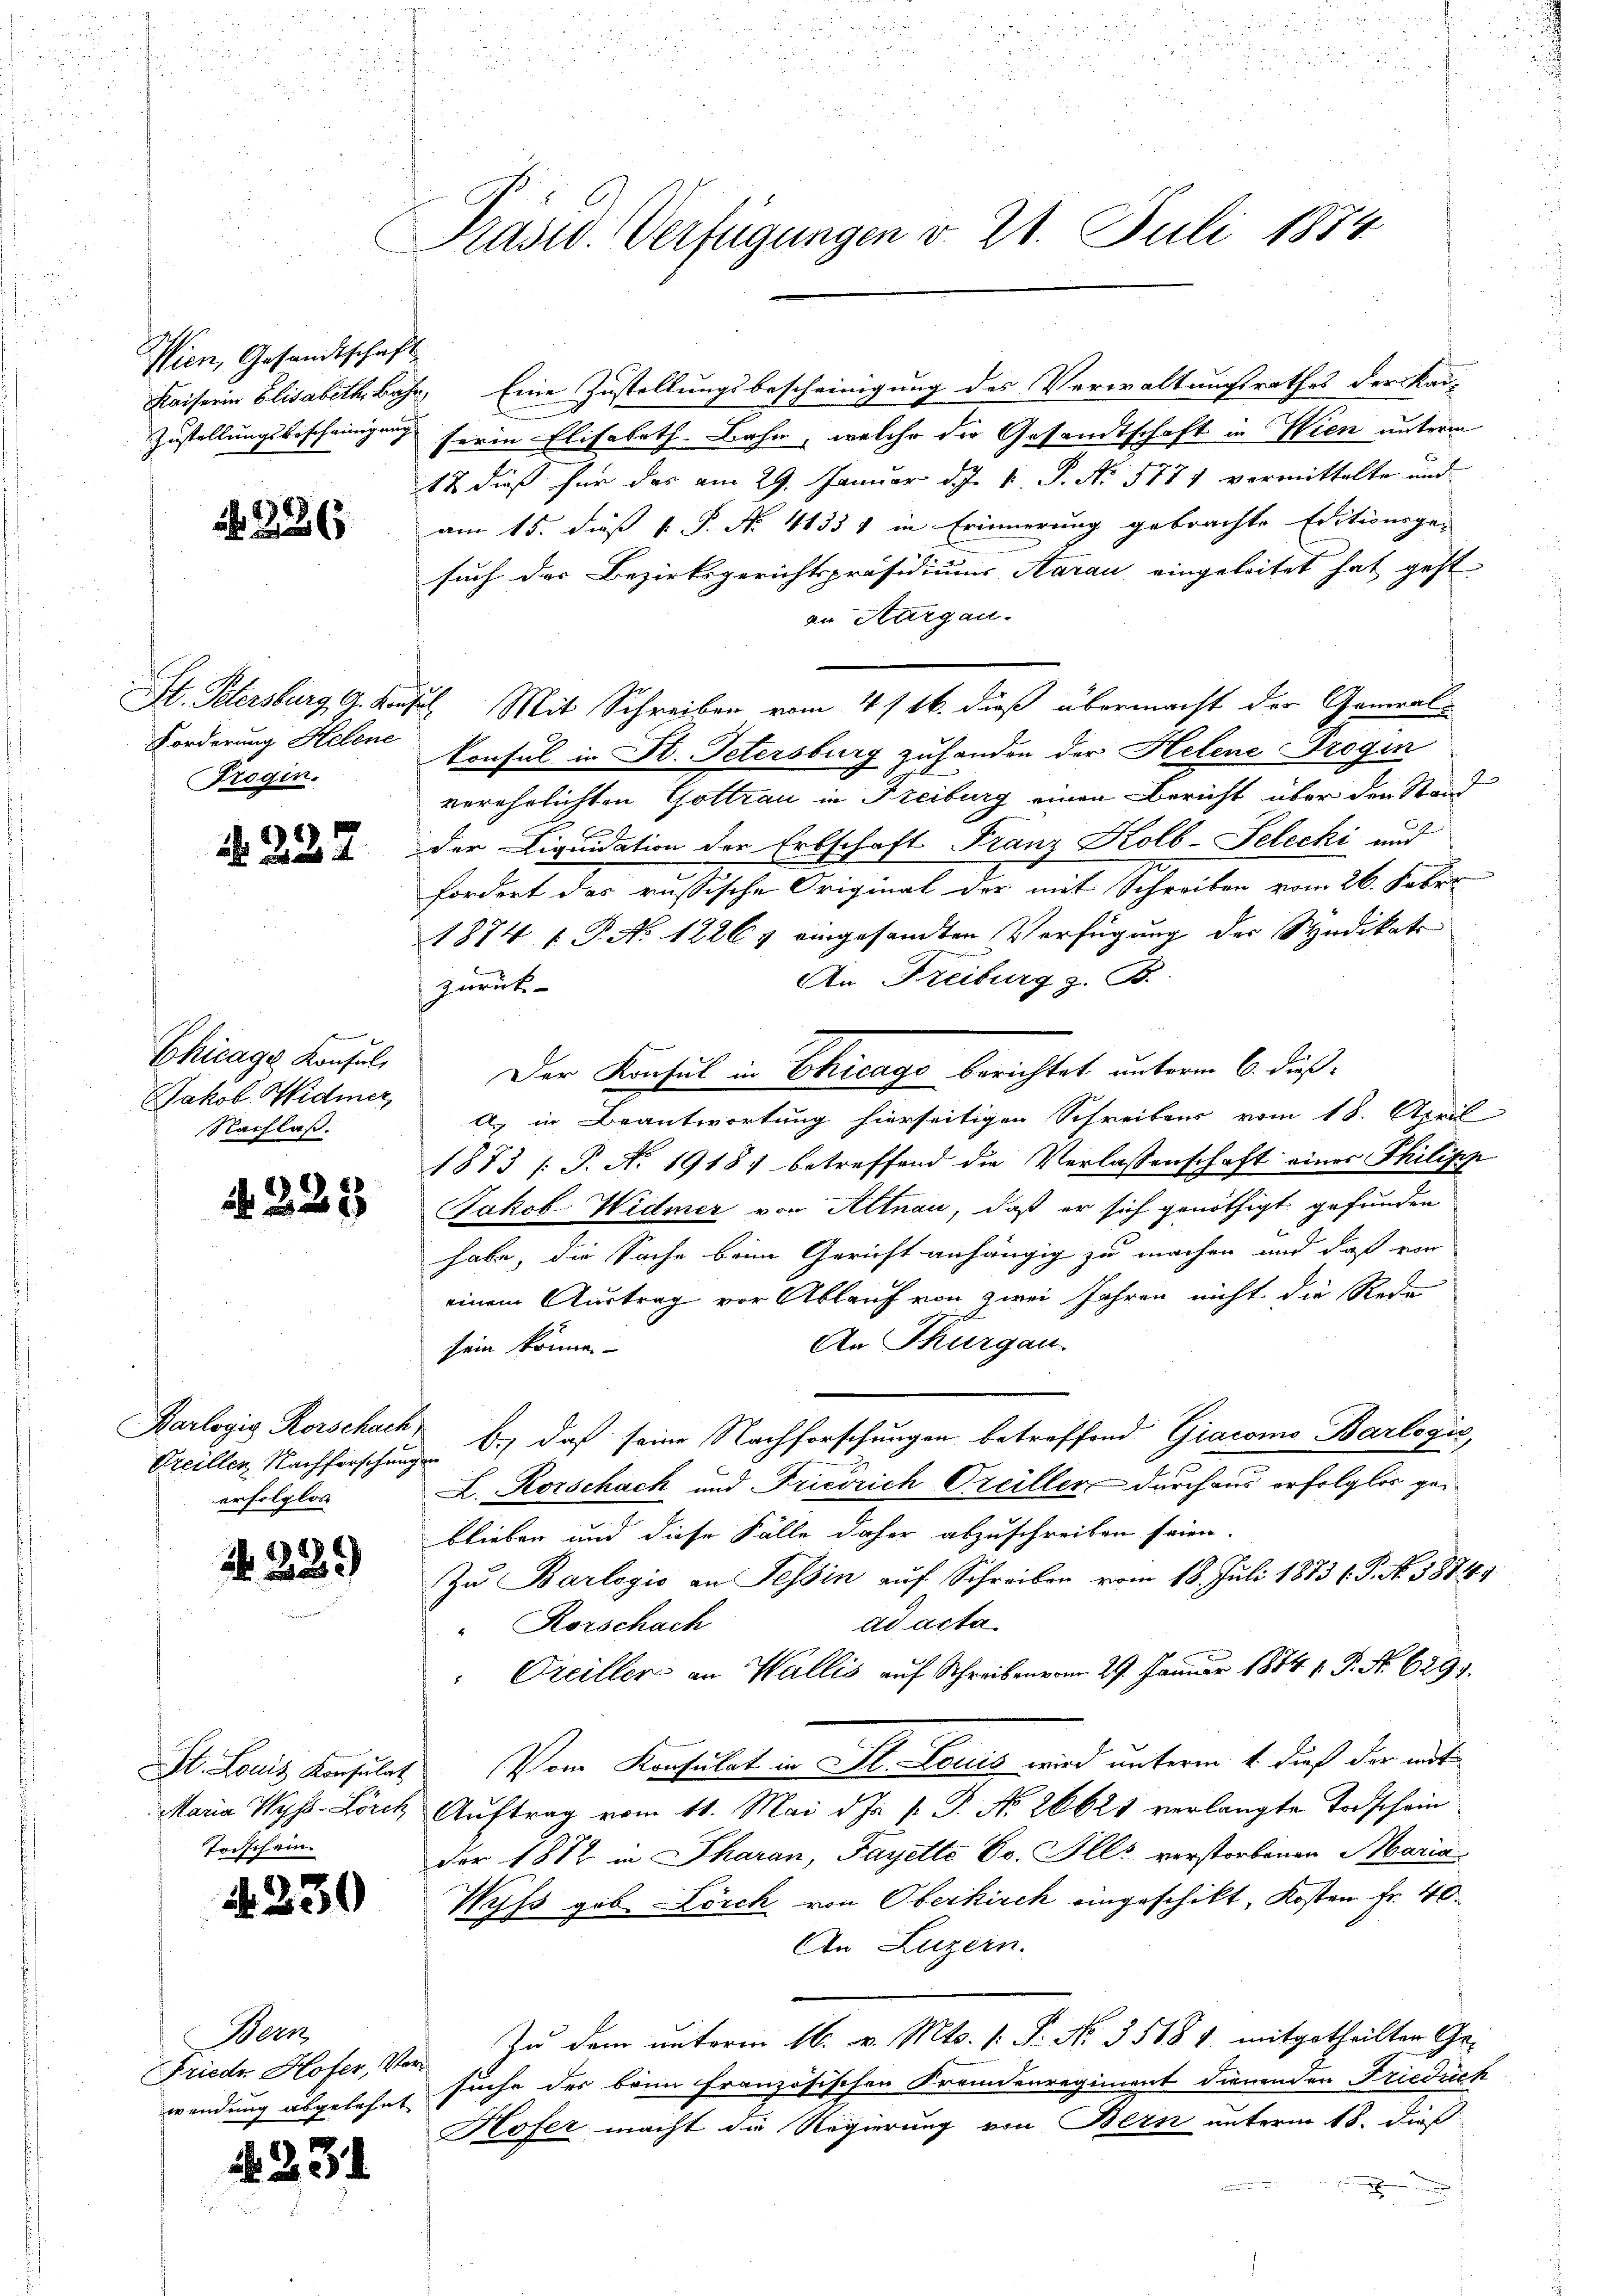
Wien, Gesandtschaft

226

Forderung Hebene
Frogin.

. 227

Chicage Konsul,
Jakob Widmer
Nachlaß.

a

Barlogis Rorschach
erfolglos

Todschein

228

229

A 230

Bern

N 231

Präsid. Verfügungen v. 21. Juli 1874

Kaiserin Elisabeth Bahr, Eine Zustellungsbescheinigung des Verwaltungsrathes der Kai-
Zustellungsbescheinigung herin Elisabeth. Bahn, welche die Gesandtschaft in Wien unterm
12 dieß für das am 29. Januar d. J. V. P. No. 5771 vermittelte und
am 15. dieß 1 S. No. 41351 in Erinnerung gebrachte Editionsgen
such der Bezirksgerichtspräsidiums Aarau eingeleitet hat geht
an Aargau.
St. Petersburg, G. Krusel Mit Schreiben vom 4/16. dieß übermacht der General-
konsul in St. Petersburg zuhanden der Helene Drogin
verehelichten Gottrau in Freiburg einen Bericht über den Stand
f
der Liquidation der Erbschaft Franz Kolb-Selecki und
fordert das russische Original der mit Schreiben vom 26. Febr.
1874 f. P. No 12261 eingesandten Verfügung der Syndikats
An Freiburg z. B.
zurück-
Der Konsul in Chicago berichtet unterm 6. dießa) in Beantwortung hierseitigen Schreibens vom 18. April
1873 (: P. No. 1918 betreffend die Verlassenschaft eines Philipp
Jakob Widmer von Altnau, daß er sich genöthigt gefunden
habe, die Sache beim Gericht anhängig zu machen und daß von
einem Austrag vor Ablauf von zwei Jahren nicht die Rede
An Thurgau.
sein könne
Orellen Nachforschung b.) daß seine Nachforschungen betreffend Giacomo Barlogić,
L. Rorschach und Friedrich-Oreiller durchaus erfolglos geblieben und diese Fälle daher abzuschreiben seien.
Zŭ Barlogis an Tessin auf Schreiben vom 18. Juli 1883 l. P. No. 1874
ad acta
"Rorschach
Freiller an Wallis auf Schreiben vom 29. Januar 1874 1. P. Nr. 629.
St. Louis Konsulat Vom Konsulat in St. Louis wird unterm 1. dieß der mit
Maria Wyss-Lorch Auftrag vom 11. Mai d. Js. p. P. N. 26621 verlangte Todschein
der 1872 in Pharan, Payette Dr. Alls verstorbenen Maria
Wyss geb. Lösch von Oberkirch eingeschikt, Kosten Fr. 40.
An Luzern.
Frieder Hofer, Vor zu dem unterm 16. v. Mts. v. P. No. 3518 1 mitgetheilten Gewendung abgelehnt suche des beim französischen Fremdenregiment dienenden Friedrich
Hofer macht die Regierung von Bern unterm 18. dieß